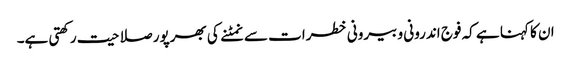
ان کا کہنا ہے کہ فوج اندرونی و بیرونی خطرات سے نمٹنے کی بھرپور صلاحیت رکھتی ہے۔